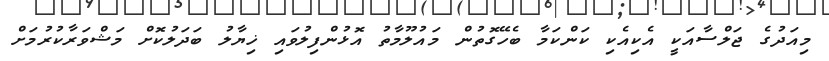
މިއަދުގެ ޖަލްސާއަކީ އެކިއެކި ކަންކަމާ ބެހޭގޮތުން މައުލޫމާތު އޮޅުންފިލުވައި ޚިޔާލު ބަދަލުކޮށް މަޝްވަރާކުރުމަށް